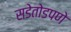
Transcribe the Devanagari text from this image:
सडेतोडपणे